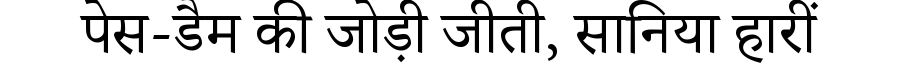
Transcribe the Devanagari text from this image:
पेस-डैम की जोड़ी जीती, सानिया हारीं